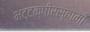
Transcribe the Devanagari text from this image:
भट्टक्षीरस्वामी